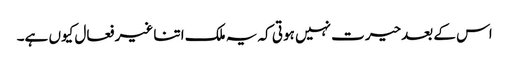
اس کے بعدحیرت نہیں ہوتی کہ یہ ملک اتنا غیر فعال کیوں ہے۔